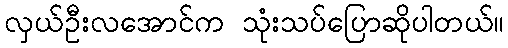
လှယ်ဦးလအောင်က သုံးသပ်ပြောဆိုပါတယ်။